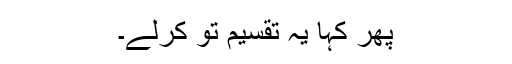
پھر کہا یہ تقسیم تُو کرلے۔